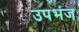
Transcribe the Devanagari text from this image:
उपभंज